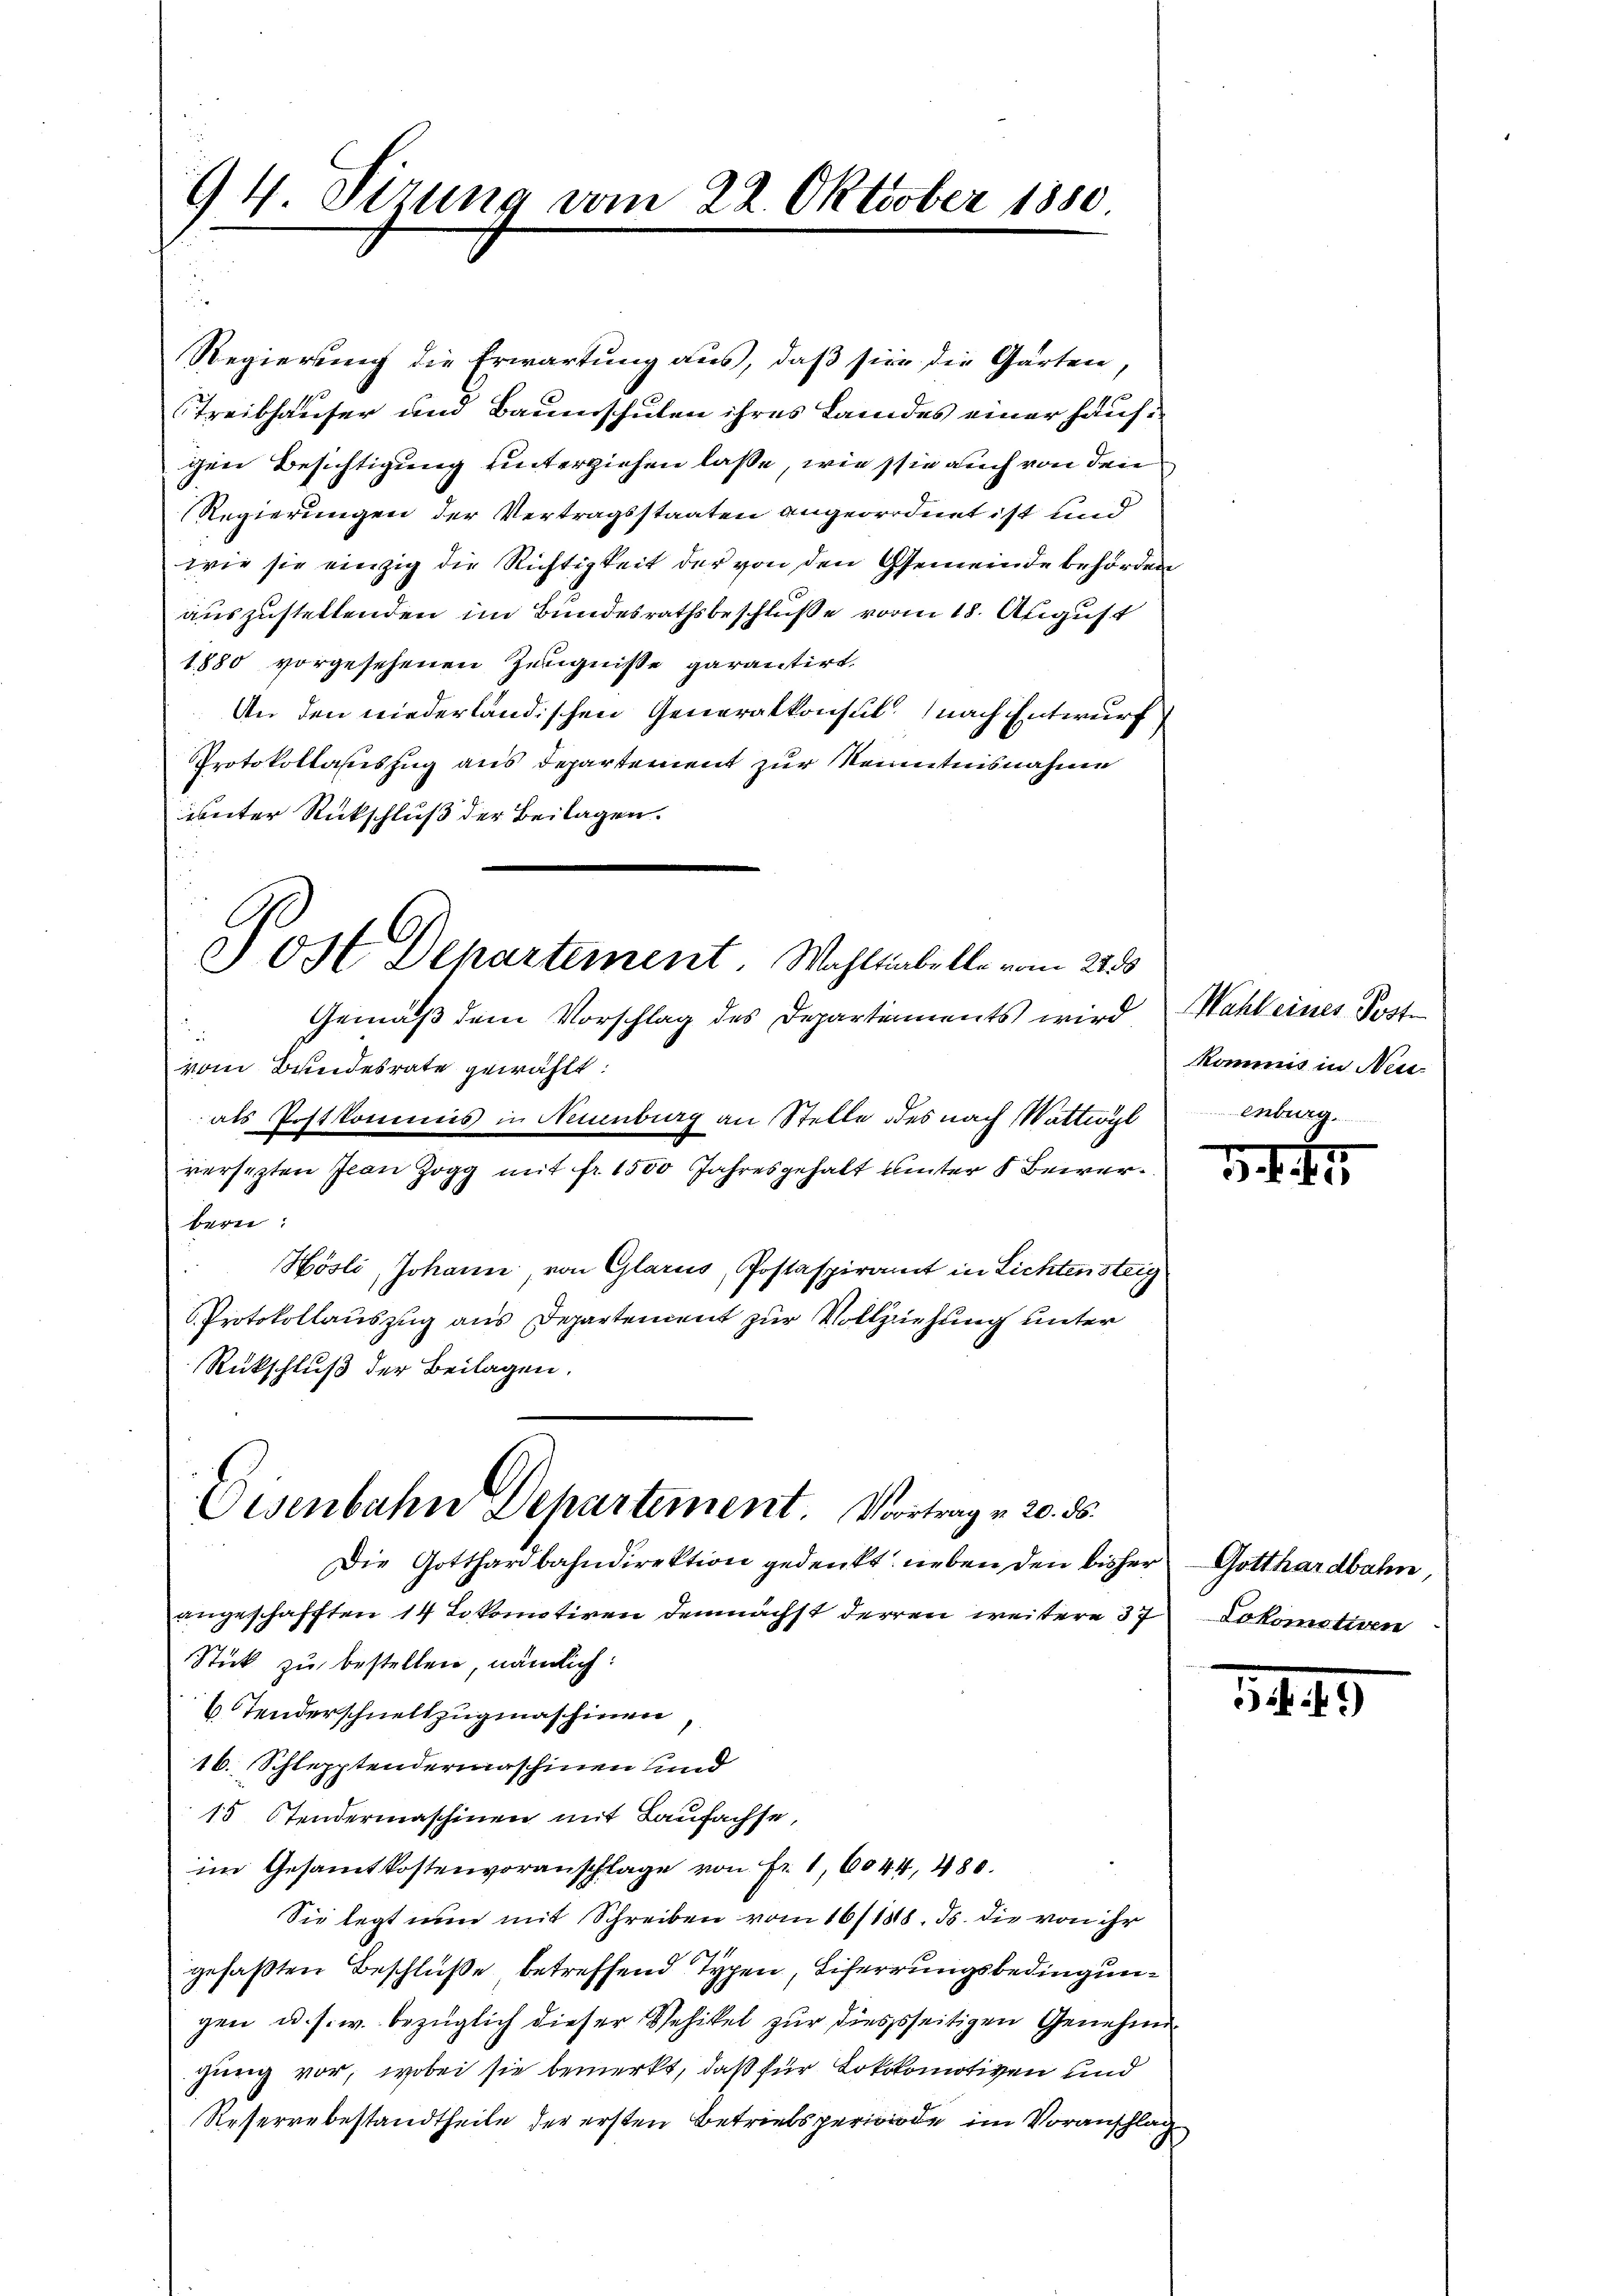
94. Sizung vom 22. Oktober 1850

Regierung die Erwartung aus, daß sie die Garten,
Treibhauser und Baumschulen ihres Landes einer Hausgen Besichtigung unterziehen laße, wie sie auch von den
Regierungen der Vertragsstaaten angeordnet ist und
wie sie einzig die Richtigkeit der von den Gemeinde behörden
auszustellenden im Bundesrathsbeschluße vom 18. August
1880 vorgesehenen Zeugnisse garantirt.
An den niederländischen Generalkonsul nach Entwurf
Protokollauszug aus Departement zur Kenntnisnahme
unter Rückschluß der Beilagen.
Post Departement. Wahltibelle vom 22s
Gemäß dem Vorschlag des Departements wird
vom Breidesrate gewählt:
als Postkommis in Neuenburg an Stelle des nach Wattwögl
versezten Jean Zogg mit fr. 1500 Jahresgehalt unter 5 Bewerbern:
Hösli, Johann, von Glarus, Postaspiramt in Lichtensteig
Protokollauszug aus Departement zur Vollziehung unter
Rückschluß der Beilagen.

Eisenbahn Departement. Vortrag u. 20. ds.

Die Gotthardbahndirektion gedenkt neben den bisher Gotthardbahn
angeschafften 14 Lokomotiven demnächst derren weitere 37
Stück zu bestellen, nämlich:
6 Tenderschnellzugmaschinen
16. Schlepptendermaschinen und
15 Stendermaschinen mit Laufachse,
im Gesammtkostenvoranschlage von Fr. 1,6044, 480.
Sie legt nun mit Schreiben vom 16/1818. Js. die von ihr
gefaßten Beschlüße betreffend Typen, Eiferrungsbedingungen u. s. w. bezüglich dieser Schikel zur diessseitigen Genehmigung vor, wobei sie bemerkt, daß für Lokokomotiven und
Reservebestandtheile der ersten Betriebsperiode im Voranschlag

Wahl eines Posten
Kommis in Neu-
g

1. f. 11.

Lokomotiven

5449